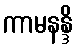
ကာမနန္ဒိ